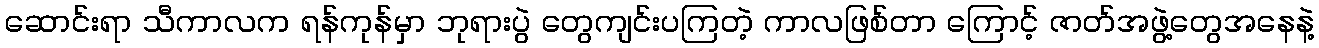
ဆောင်းရာ သီကာလက ရန်ကုန်မှာ ဘုရားပွဲ တွေကျင်းပကြတဲ့ ကာလဖြစ်တာ ကြောင့် ဇာတ်အဖွဲ့တွေအနေနဲ့